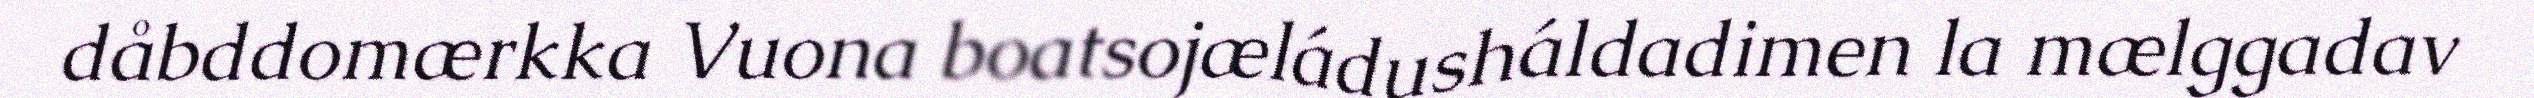
dåbddomærkka Vuona boatsojæládusháldadimen la mælggadav